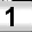
Digit: 1